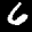
Label: 6